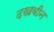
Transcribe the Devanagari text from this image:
दखवीन